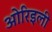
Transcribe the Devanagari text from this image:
ओरिइली